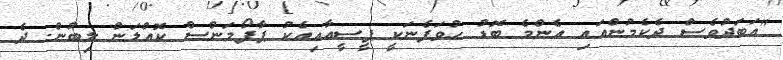
"އަބަދުވެސް ދެކެމުންއައި އެންމެ ބޮޑު ހުވަފެނަކީ ޕީސީއާއިއެކު ޕާފޯމަންސް ކޮއްލަން ލިބުން. ދެ